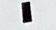
-